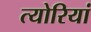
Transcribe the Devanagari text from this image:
त्योरियां